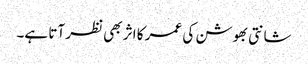
شانتی بھوشن کی عمر کا اثر بھی نظر آتا ہے۔